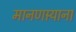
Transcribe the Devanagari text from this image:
मानणार्‍याना